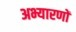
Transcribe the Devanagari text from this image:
अभ्यारणों